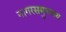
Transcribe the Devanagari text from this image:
नागरसमुच्चय